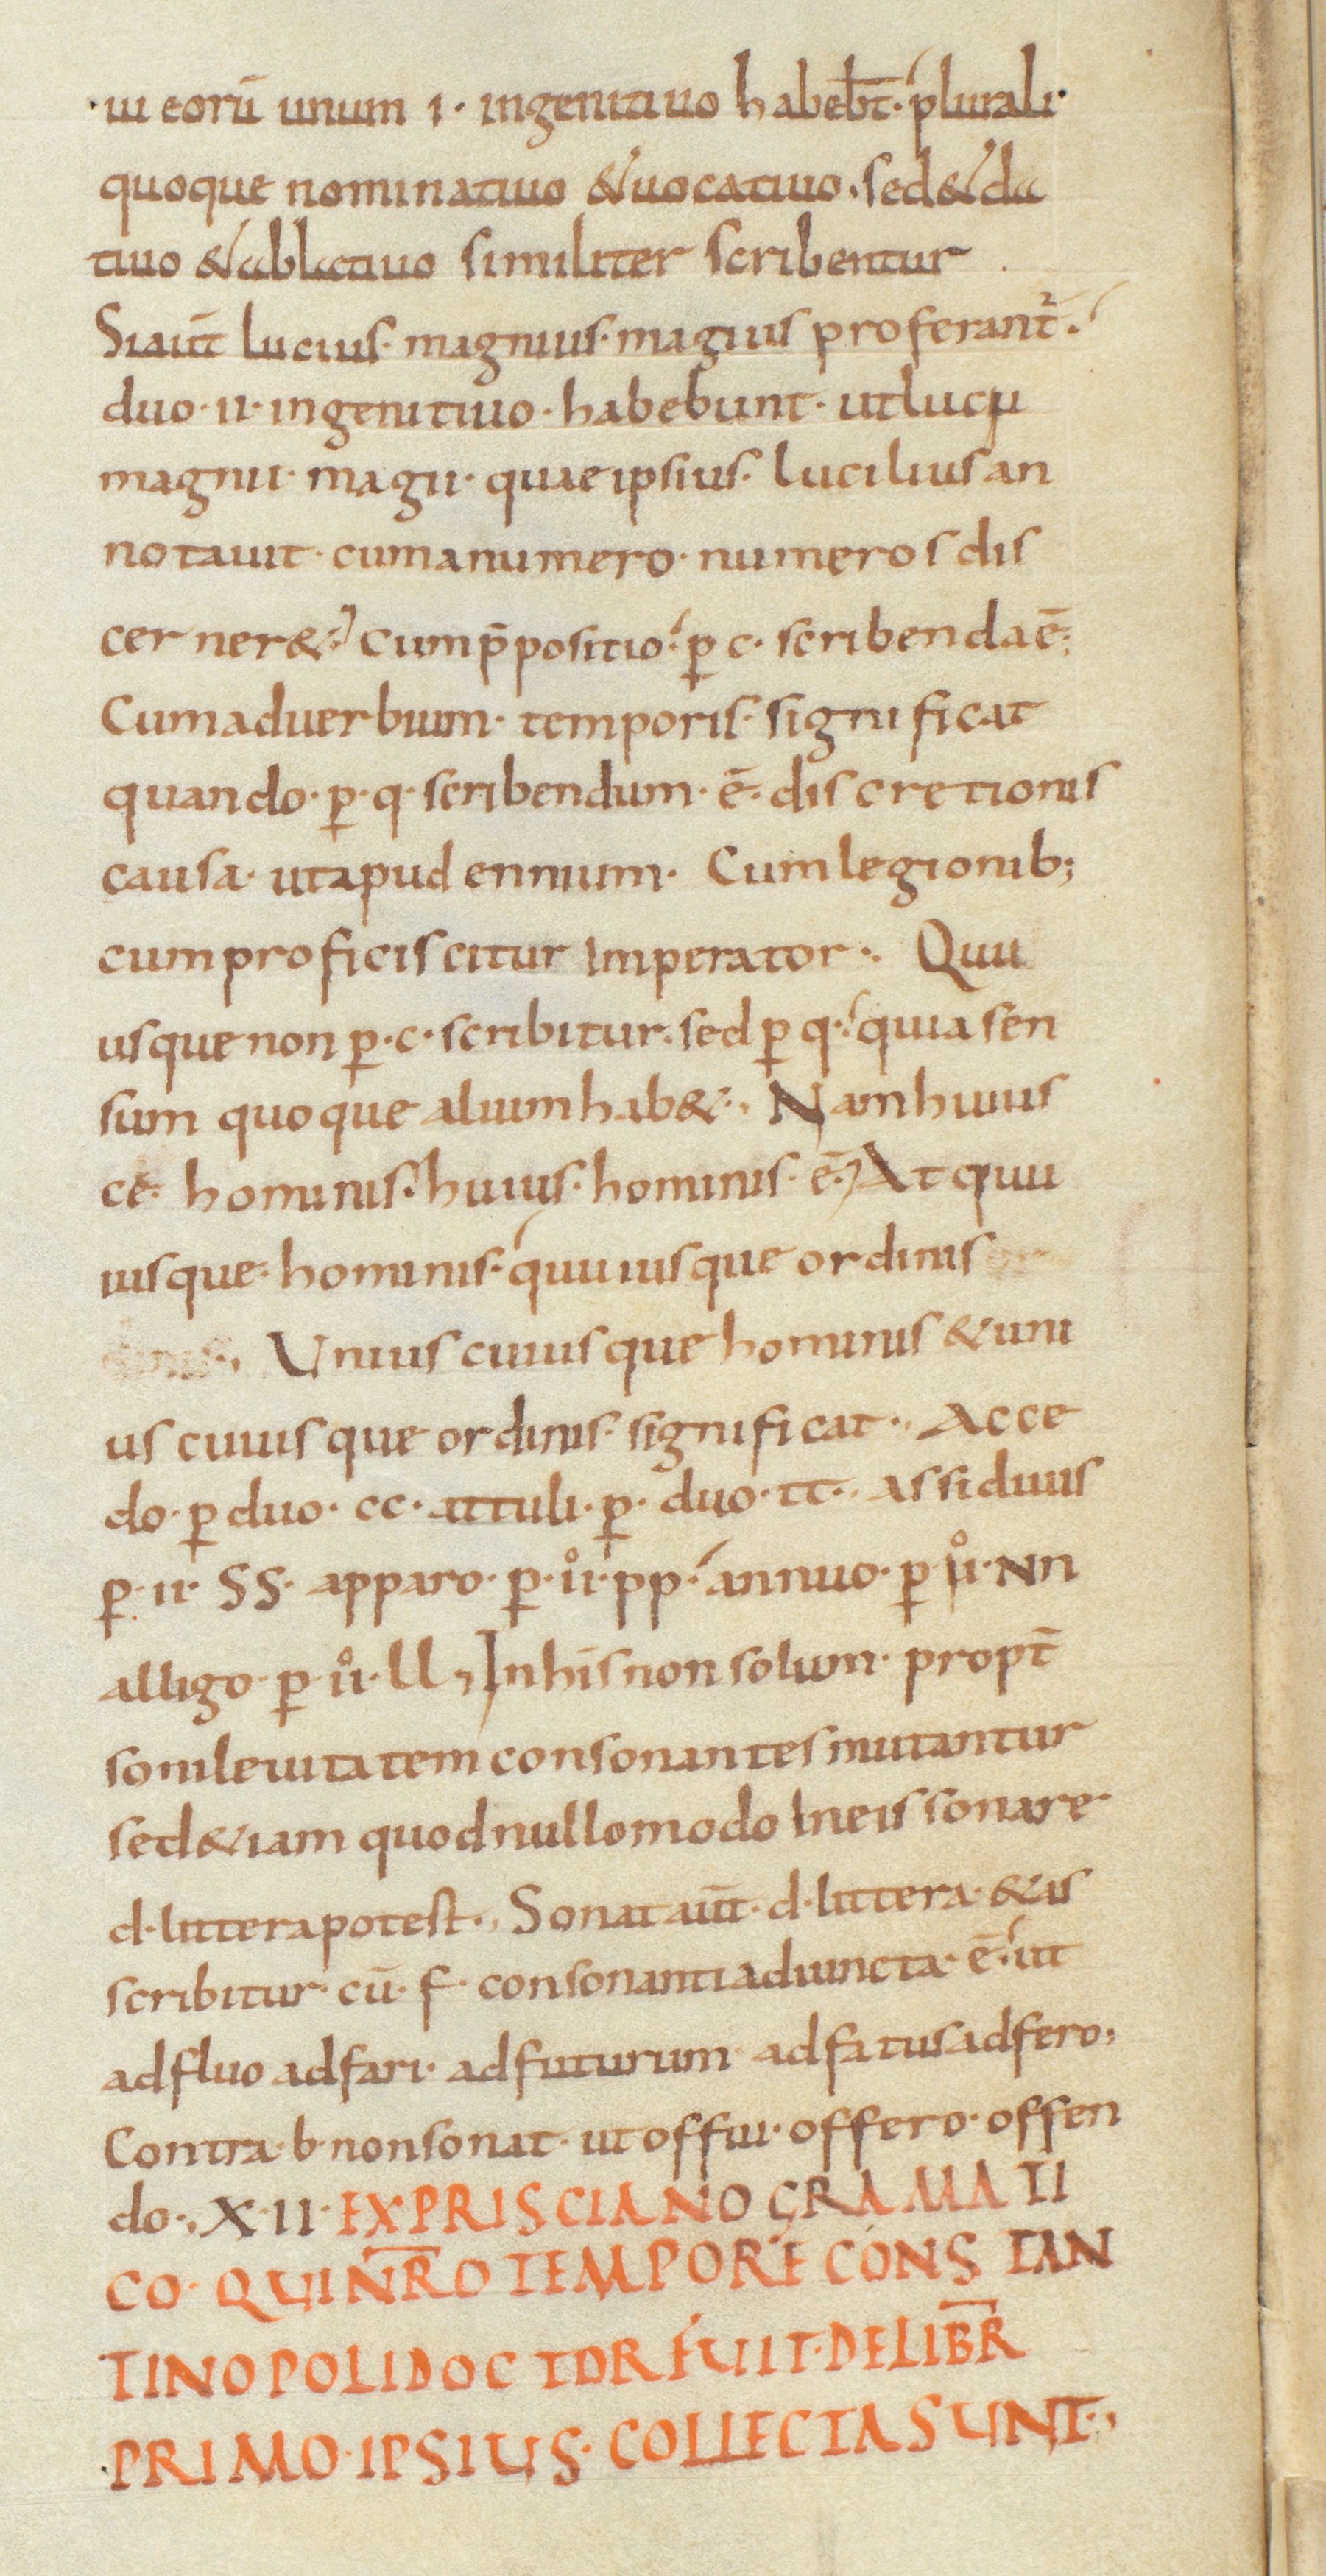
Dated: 850–899